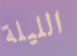
الليلة